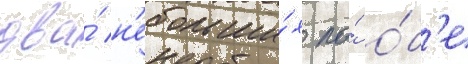
два́ н'ебольши́х по́ о́б'е